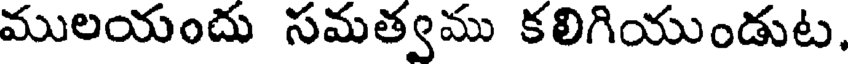
ములయందు సమత్వము కలిగియుండుట,